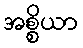
အစ္စိယာ